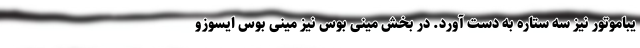
یباموتور نیز سه ستاره به دست آورد. در بخش مینی بوس نیز مینی بوس ایسوزو